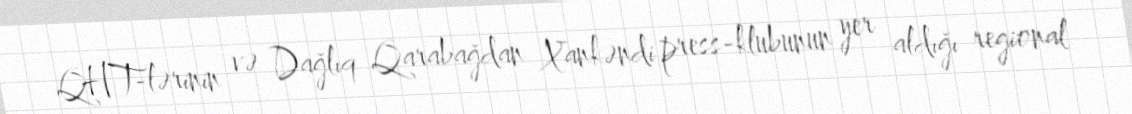
QHT-lərinin və Dağlıq Qarabağdan Xankəndi press-klubunun yer aldığı regional